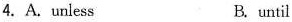
4. A. unless B. until